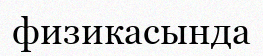
физикасында